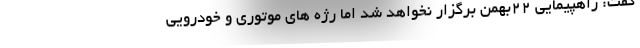
گفت: راهپیمایی ۲۲بهمن برگزار نخواهد شد اما رژه های موتوری و خودرویی